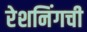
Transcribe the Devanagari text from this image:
रेशनिंगची